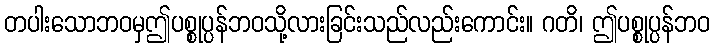
တပါးသောဘဝမှဤပစ္စုပ္ပန်ဘဝသို့လားခြင်းသည်လည်းကောင်း။ ဂတိ၊ ဤပစ္စုပ္ပန်ဘဝ